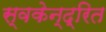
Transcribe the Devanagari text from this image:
स्वकेन्द्रित